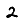
Digit: 2